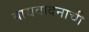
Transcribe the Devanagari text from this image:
वाद्यवादनाची